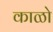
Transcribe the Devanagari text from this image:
काळो